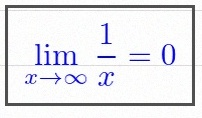
\lim_{x\to\infty}\frac{1}{x}=0